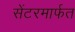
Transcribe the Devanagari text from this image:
सेंटरमार्फत